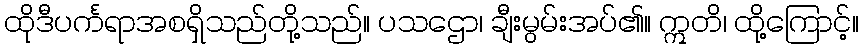
ထိုဒီပင်္ကရာအစရှိသည်တို့သည်။ ပသဌော၊ ချီးမွမ်းအပ်၏။ ဣတိ၊ ထို့ကြောင့်။